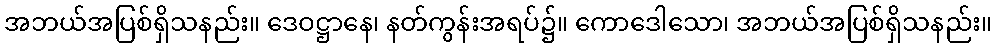
အဘယ်အပြစ်ရှိသနည်း။ ဒေဝဋ္ဌာနေ၊ နတ်ကွန်းအရပ်၌။ ကောဒေါသော၊ အဘယ်အပြစ်ရှိသနည်း။